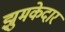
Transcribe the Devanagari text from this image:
झुमकेदार